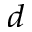
^ d